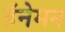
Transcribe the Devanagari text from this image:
हॅनेमन